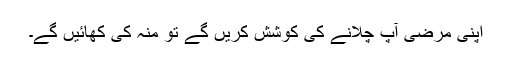
اپنی مرضی آپ چلانے کی کوشش کریں گے تو منہ کی کھائیں گے۔